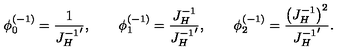
\phi _ { 0 } ^ { ( - 1 ) } = { \frac { 1 } { { J _ { H } ^ { - 1 } } ^ { \prime } } } , \qquad \phi _ { 1 } ^ { ( - 1 ) } = { \frac { J _ { H } ^ { - 1 } } { { J _ { H } ^ { - 1 } } ^ { \prime } } } , \qquad \phi _ { 2 } ^ { ( - 1 ) } = { \frac { \left( J _ { H } ^ { - 1 } \right) ^ { 2 } } { { J _ { H } ^ { - 1 } } ^ { \prime } } } .